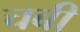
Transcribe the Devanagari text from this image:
चबी